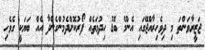
ޖަޒީރާވަންތަ މި ދިވެހިރާއްޖޭގައި އެންމެ ބޮޑު ހިދުމަތެއް ފޯރުކޮށްދެމުންގެންދާ އެއް ބަޔަކީ ގެވެހި